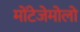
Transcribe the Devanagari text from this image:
मोंटेजेमोलो